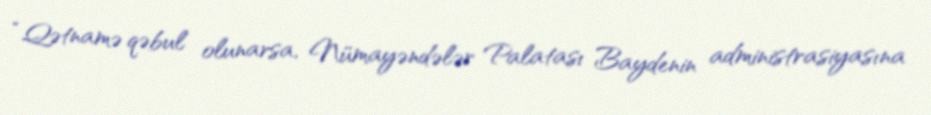
“Qətnamə qəbul olunarsa, Nümayəndələr Palatası Baydenin administrasiyasına